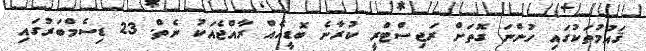
ޤައުމުތަކުގައި ހުންނަ ގޮތަށް ރަޖިސްޓްރީ ކުރާނެ ބޮޑީއެއް ރާއްޖެއަކު ނެތް. 23 ޑިސެމްބަރުގައި